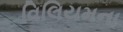
વિલિયમના